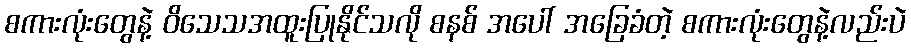
စကားလုံးတွေနဲ့ ဝိသေသအထူးပြုနိုင်သလို စနစ် အပေါ် အခြေခံတဲ့ စကားလုံးတွေနဲ့လည်းပဲ